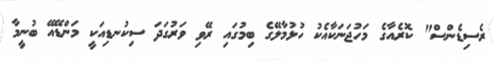
ރެސިޑެންސް" ކޮރެއާގެ މަހުޖަނަކާއެކު ހުޅުމާލޭގެ ބިމުގައި ރޭވި ވަރުގަދަ ސިކުނޑިއަކީ މަންޑޭއޭ ބުނީމާ